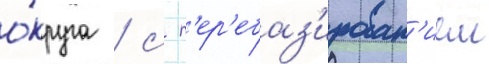
о́круга / с п'ер'ебаз'ирован'ием